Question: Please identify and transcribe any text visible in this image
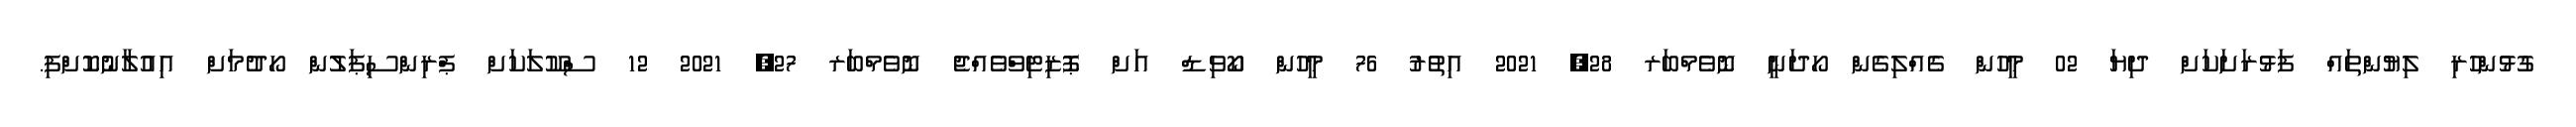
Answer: ގުޅުންހުރި ލިޔުންތައް ފަޅުރަށަކަށް ދިޔަ 02 މީހުން ގެއްލިގެން ހޯދަނީ ނޮވެމްބަރ 28, 2021 އިތުރު 76 މީހުން ކޯވިޑް އަށް ޕޮޒިޓިވްވެއްޖެ ނޮވެމްބަރ 27, 2021 12 ސްކޫލަކަށް ޕްރިންސިޕަލުން ހޯދުމަށް އިއުލާނުކޮށްފި.